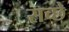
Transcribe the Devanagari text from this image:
सच्छे